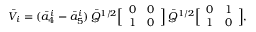
\bar { V } _ { i } = ( \bar { a } _ { 4 } ^ { i } - \bar { a } _ { 5 } ^ { i } ) \, \bar { Q } ^ { 1 / 2 } \Big [ \begin{array} { c c } { { 0 } } & { { 0 } } \\ { { 1 } } & { { 0 } } \end{array} \Big ] \, \bar { Q } ^ { 1 / 2 } \Big [ \begin{array} { c c } { { 0 } } & { { 1 } } \\ { { 1 } } & { { 0 } } \end{array} \Big ] ,